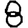
Digit: 8